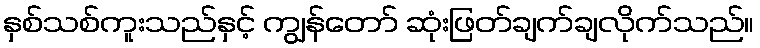
နှစ်သစ်ကူးသည်နှင့် ကျွန်တော် ဆုံးဖြတ်ချက်ချလိုက်သည်။